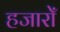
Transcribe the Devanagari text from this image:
हजारोँ